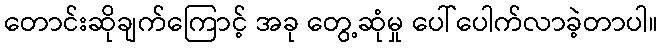
တောင်းဆိုချက်ကြောင့် အခု တွေ့ဆုံမှု ပေါ်ပေါက်လာခဲ့တာပါ။